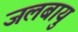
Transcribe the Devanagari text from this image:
जलबायु